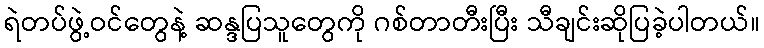
ရဲတပ်ဖွဲ့ဝင်တွေနဲ့ ဆန္ဒပြသူတွေကို ဂစ်တာတီးပြီး သီချင်းဆိုပြခဲ့ပါတယ်။